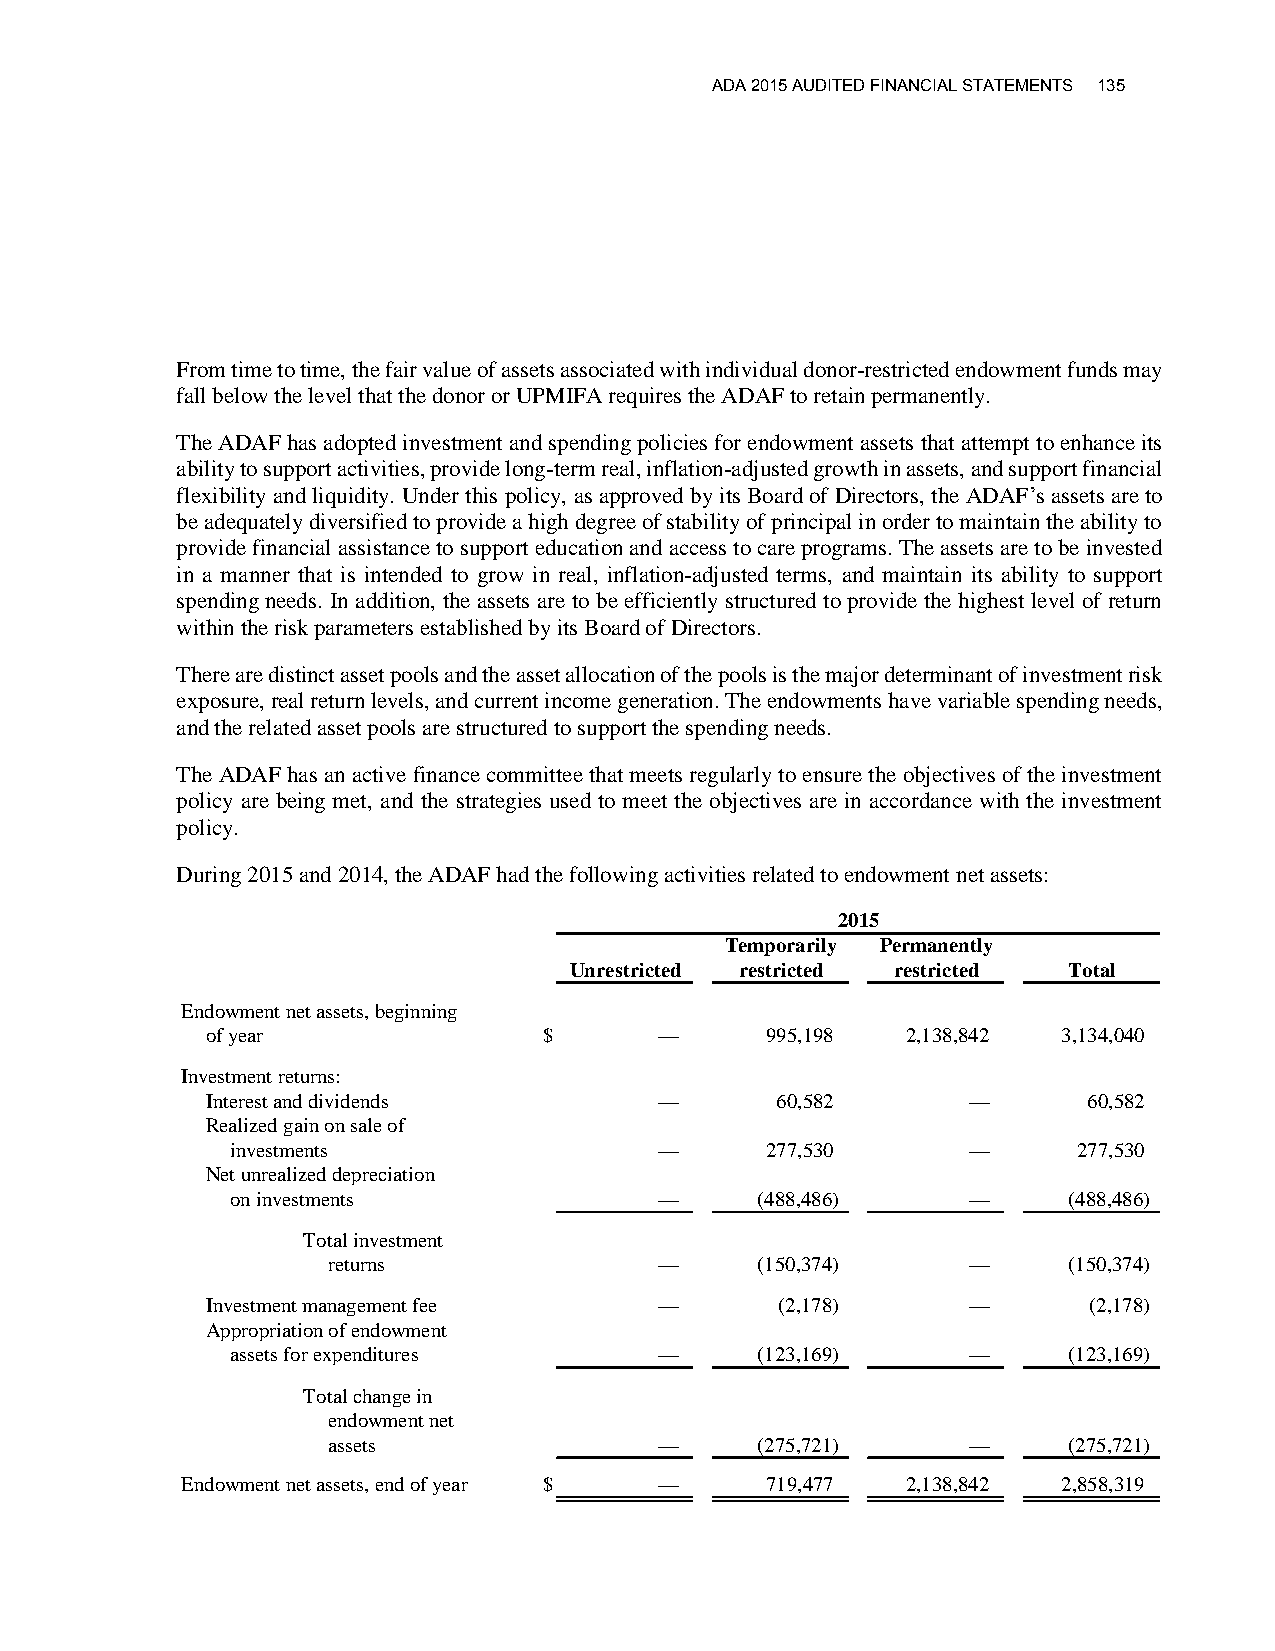
ADA 2015 AUDITED FINANCIAL STATEMENTS 135
 From time to time, the fair value of assets associated with individual donor-restricted endowment funds may
 fall below the level that the donor or UPMIFA requires the ADAF to retain permanently.
 The ADAF has adopted investment and spending policies for endowment assets that attempt to enhance its
 ability to support activities, provide long-term real, inflation-adjusted growth in assets, and support financial
 flexibility and liquidity. Under this policy, as approved by its Board of Directors, the ADAF’s assets are to
 be adequately diversified to provide a high degree of stability of principal in order to maintain the ability to
 provide financial assistance to support education and access to care programs. The assets are to be invested
 in a manner that is intended to grow in real, inflation-adjusted terms, and maintain its ability to support
 spending needs. In addition, the assets are to be efficiently structured to provide the highest level of return
 within the risk parameters established by its Board of Directors.
 There are distinct asset pools and the asset allocation of the pools is the major determinant of investment risk
 exposure, real return levels, and current income generation. The endowments have variable spending needs,
 and the related asset pools are structured to support the spending needs.
 The ADAF has an active finance committee that meets regularly to ensure the objectives of the investment
 policy are being met, and the strategies used to meet the objectives are in accordance with the investment
 policy.
 During 2015 and 2014, the ADAF had the following activities related to endowment net assets:
 2015
 Temporarily Permanently
 Unrestricted restricted restricted Total
 Endowment net assets, beginning
 of year               $       —      995,198  2,138,842 3,134,040
 Investment returns:
 Interest and dividends        —      60,582       —       60,582
 Realized gain on sale of
 investments                  —      277,530      —      277,530
 Net unrealized depreciation
 on investments               —     (488,486)     —      (488,486)
 Total investment
 returns               —     (150,374)     —      (150,374)
 Investment management fee     —       (2,178)     —       (2,178)
 Appropriation of endowment
 assets for expenditures      —     (123,169)     —      (123,169)
 Total change in
 endowment net
 assets                —     (275,721)     —      (275,721)
 Endowment net assets, end of year $ —  719,477  2,138,842 2,858,319